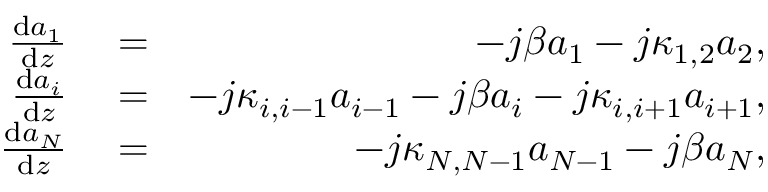
\begin{array} { r l r } { \frac { \mathrm { d } a _ { 1 } } { \mathrm { d } z } } & { { } = } & { - j \beta a _ { 1 } - j \kappa _ { 1 , 2 } a _ { 2 } , } \\ { \frac { \mathrm { d } a _ { i } } { \mathrm { d } z } } & { { } = } & { - j \kappa _ { i , i - 1 } a _ { i - 1 } - j \beta a _ { i } - j \kappa _ { i , i + 1 } a _ { i + 1 } , } \\ { \frac { \mathrm { d } a _ { N } } { \mathrm { d } z } } & { { } = } & { - j \kappa _ { N , N - 1 } a _ { N - 1 } - j \beta a _ { N } , } \end{array}